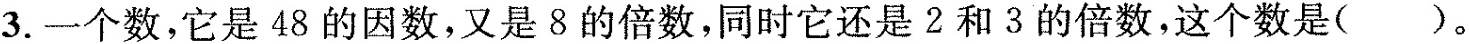
3.一个数，它是48的因数，又是8的倍数，同时它还是2和3的倍数，这个数是()。